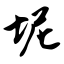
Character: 坭